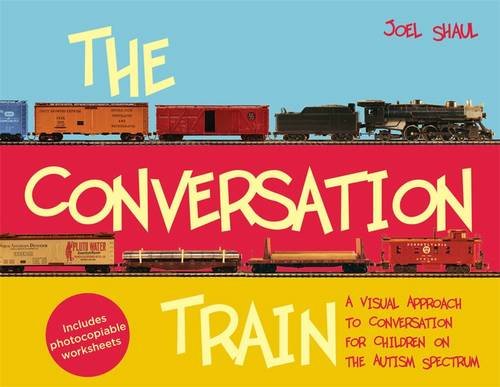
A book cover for The Conversation Train: A Visual Approach to Conversation for Children on the Autism Spectrum; Joel Shaul; Parenting & Relationships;